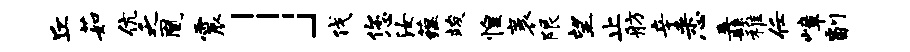
丘茹伉乏凰震」伐您汝蕴竣惶袤限望止舫辛悉纛稚任嶂副